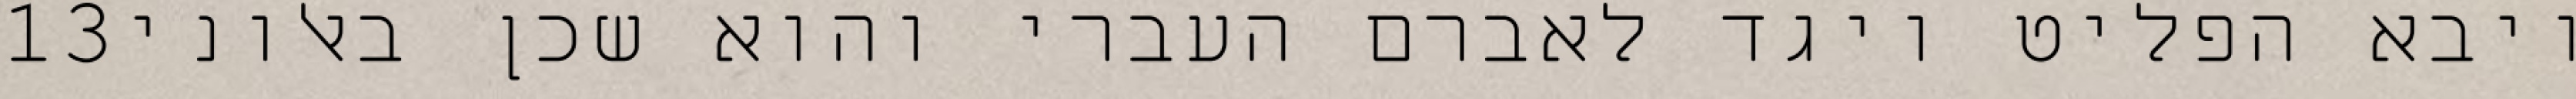
‎13‏ ויבא הפליט ויגד לאברם העברי והוא שכן באלוני